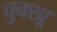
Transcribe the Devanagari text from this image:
चुक्खू